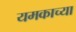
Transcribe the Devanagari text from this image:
यमकाच्या